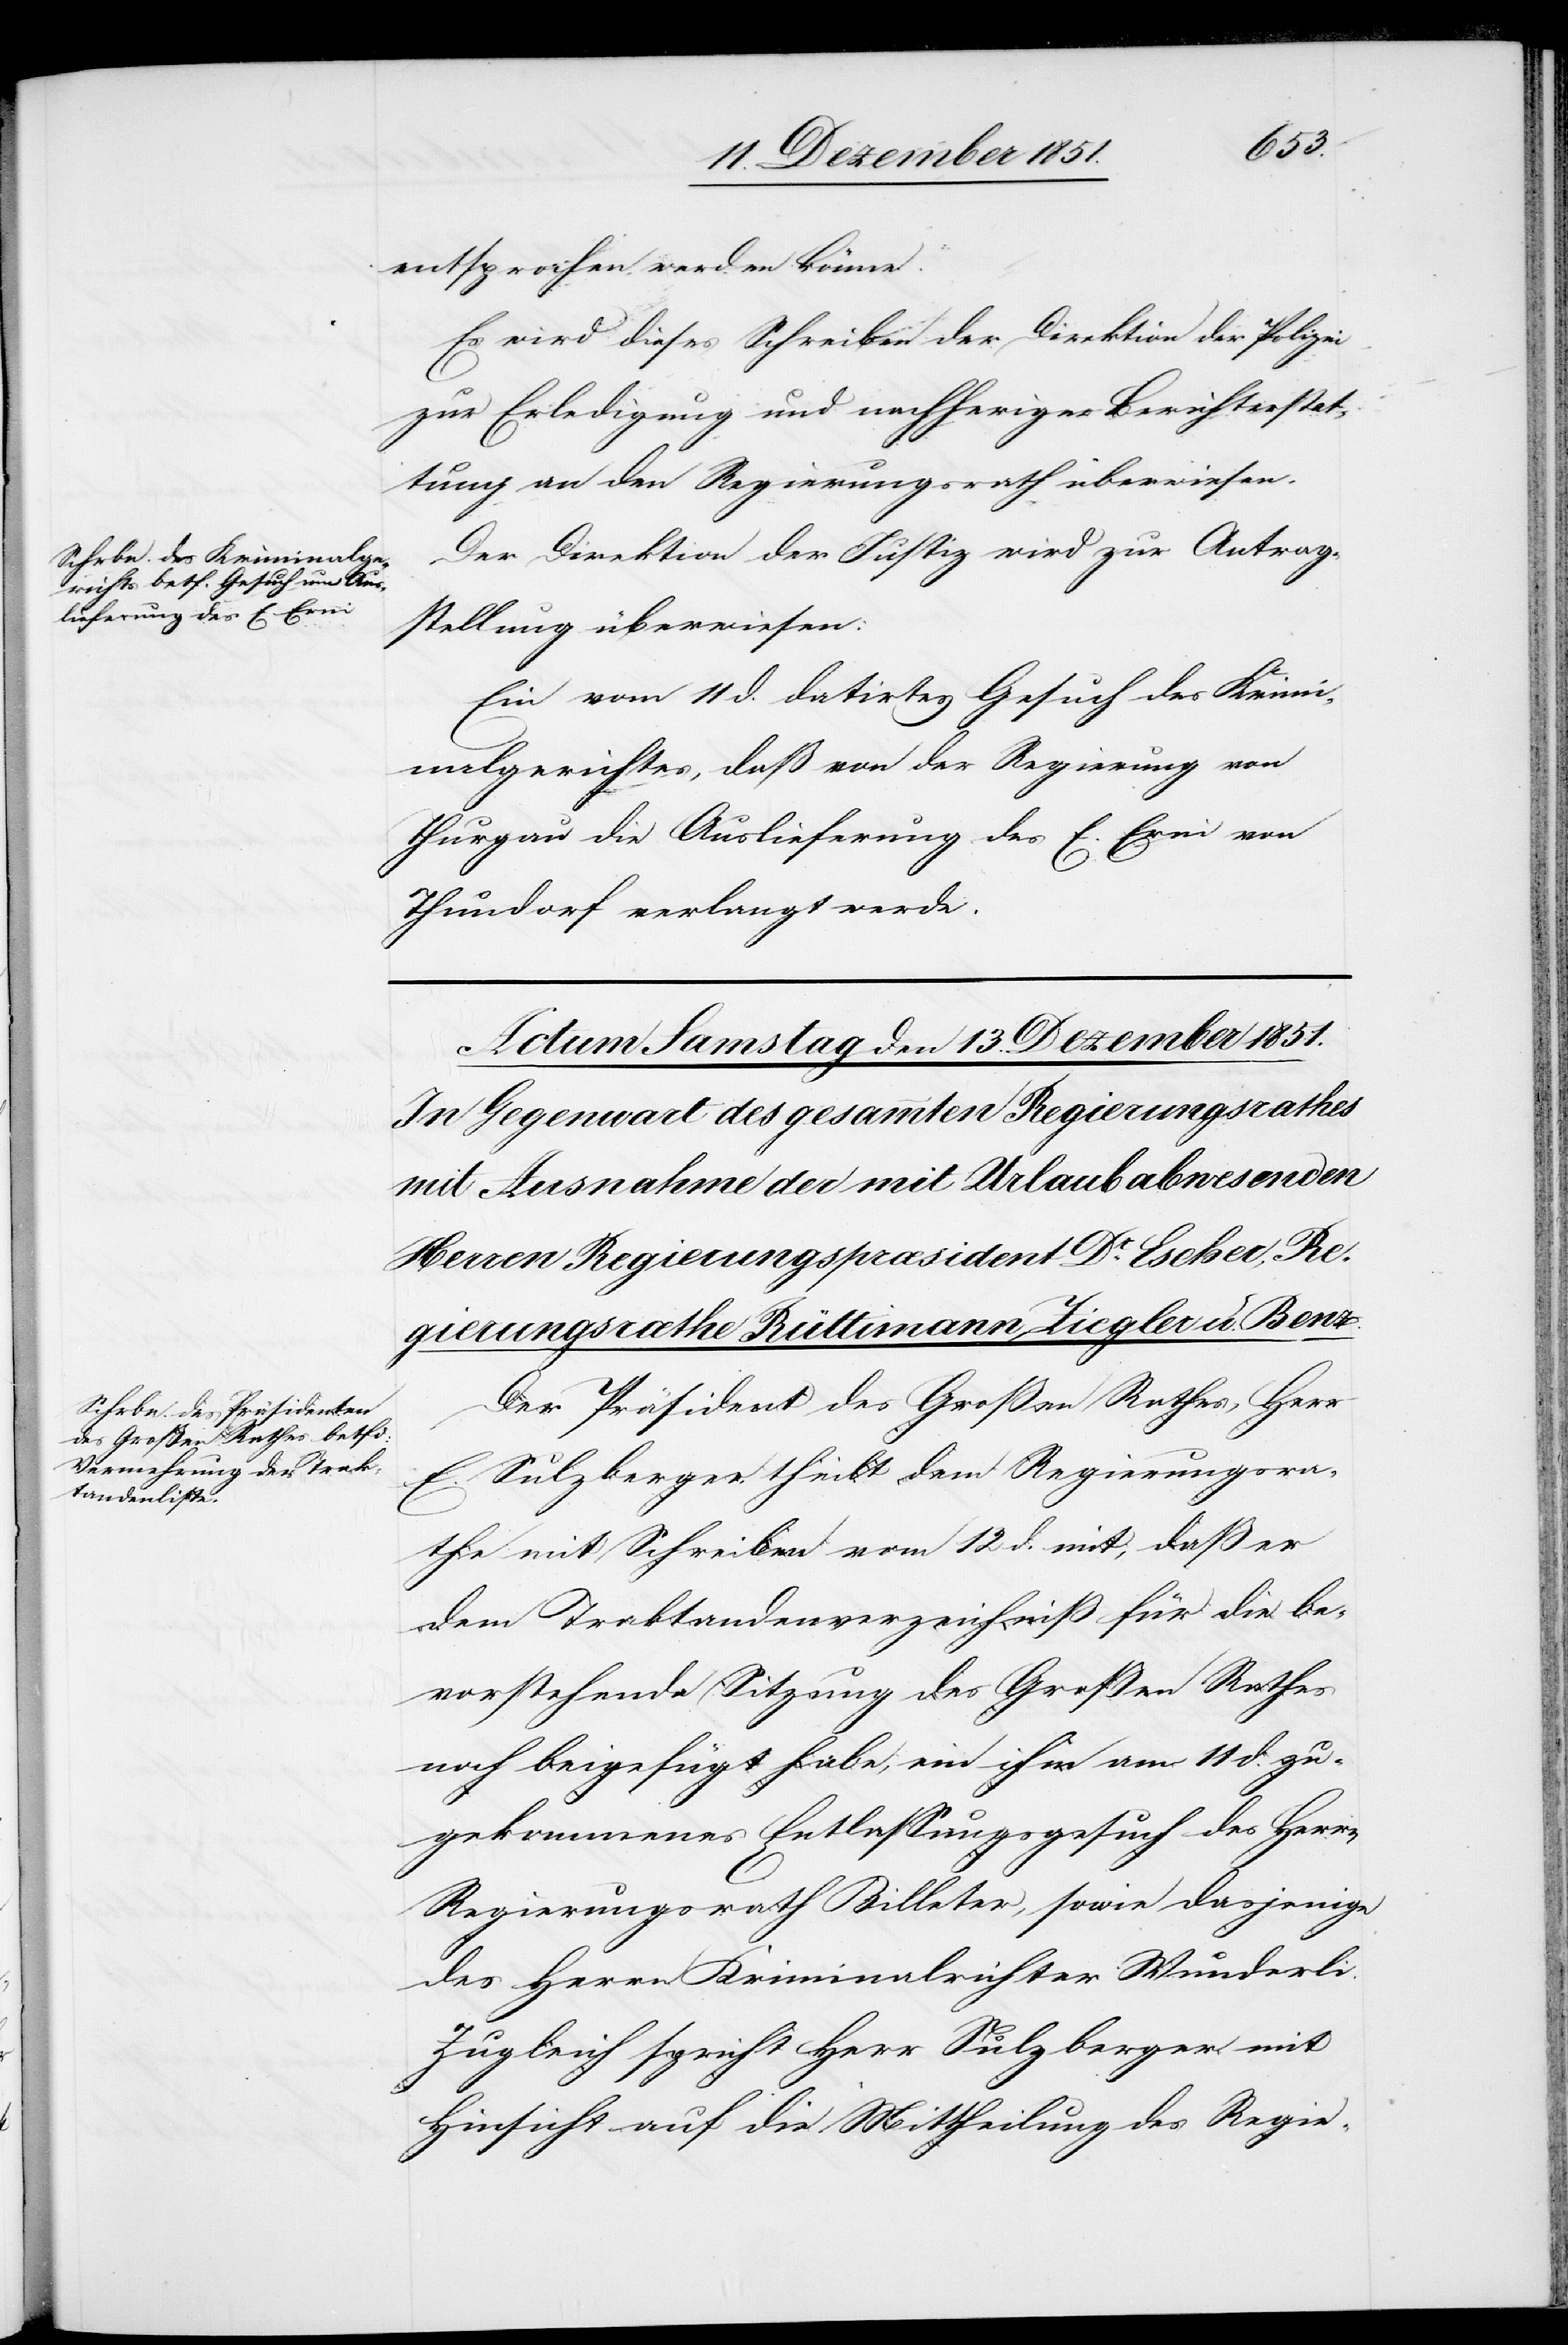
12 Dezember 1851.]
entsprochen werden könne.
Es wird dieses Schreiben der Direktion der Polizei
zur Erledigung und nachheriger Berichterstat¬
tung an den Regierungsrath überwiesen.
Der Direktion der Justiz wird zur Antrag¬
stellung überwiesen:
Ein vom 11 d. datirtes Gesuch des Krimin¬
algerichtes, daß von der Regierung von
Thurgau die Auslieferung des E. Erni von
Thundorf verlangt werde.
Der Präsident des Großen Rathes, Herr
E. Sulzberger theilt dem Regierungsra¬
the mit Schreiben vom 12 d. mit, daß er
dem Traktandenverzeichniß für die be¬
vorstehende Sitzung des Großen Rathes
noch beigefügt habe, ein ihm am 11 d. zu¬
gekommenes Entlassungsgesuch des Herrn
Regierungsrath Billeter, sowie dasjenige
des Herrn Kriminalrichter Wunderli.
Zugleich spricht Herr Sulzberger mit
Hinsicht auf die Mittheilung des Regie-